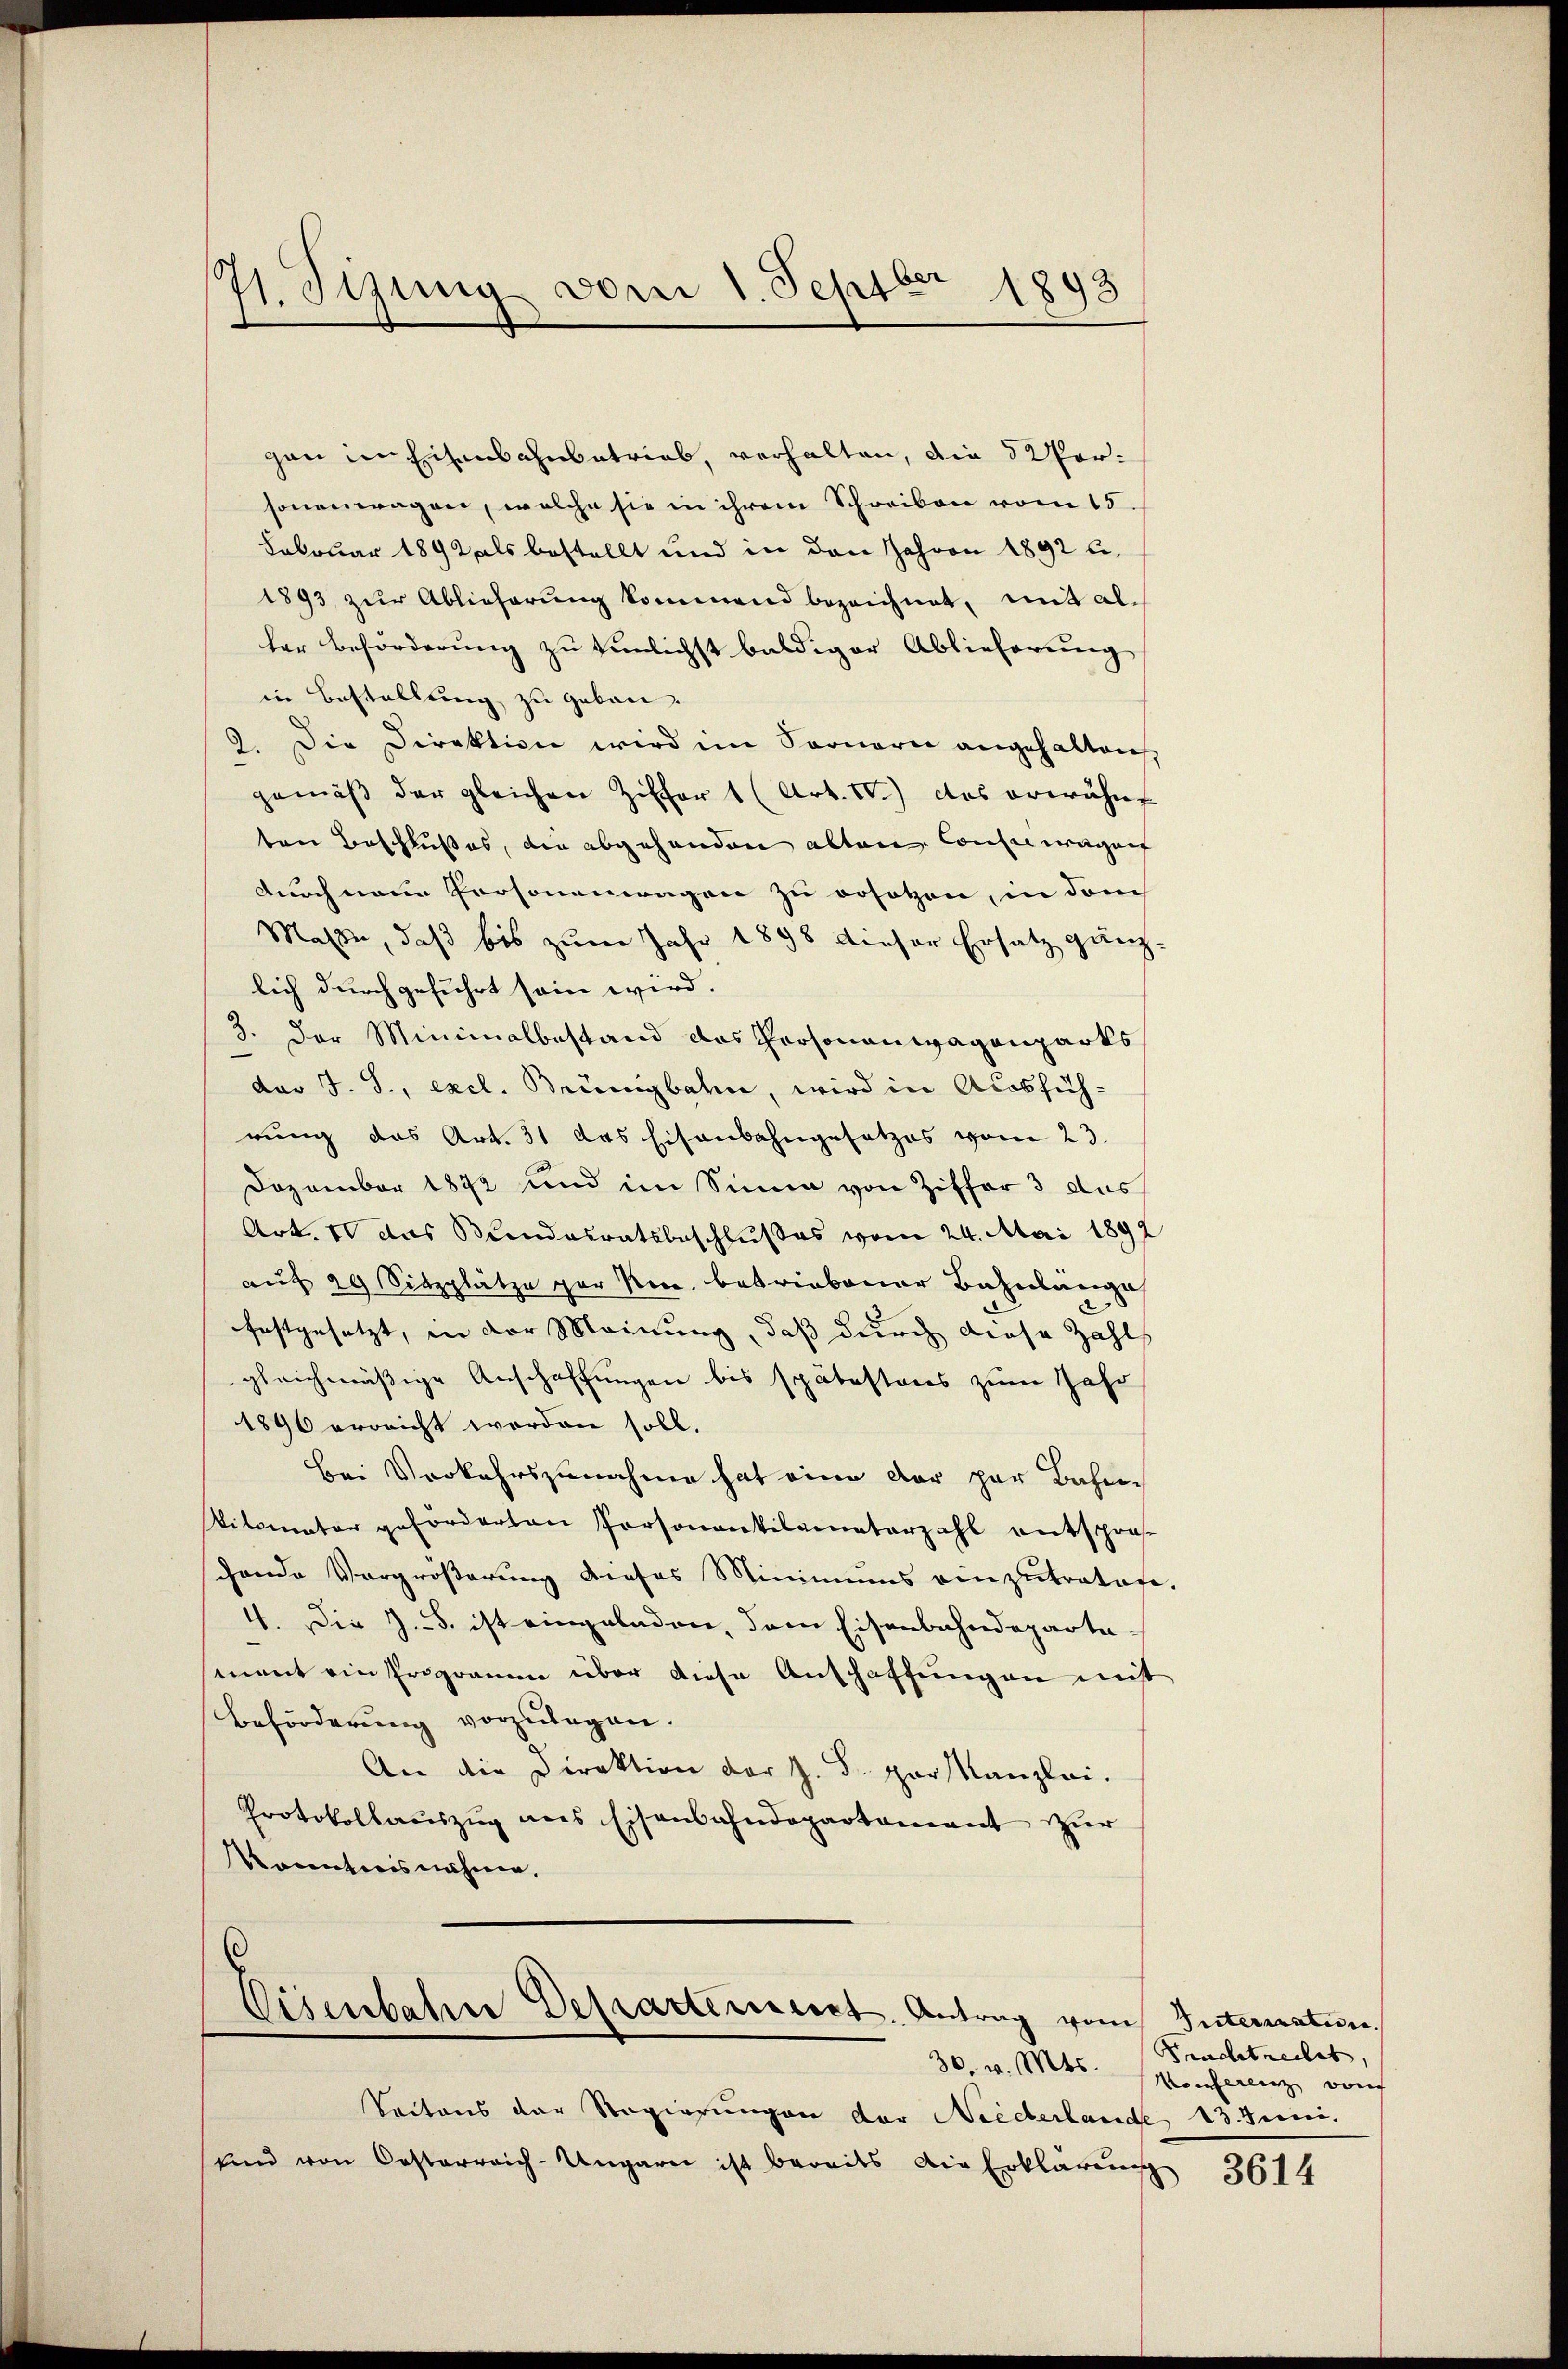
11. Sizung vom 1. Septbr 1893

gan im Eisenbahnbetrieb, verhalten, die 32 Porsoneneragen, welche sie in ihrem Schreiben vom 15.
Februar 1892 als bestellt und in den Jahren 1892 u.
1893 zur Ablieferung kommend bezeichnet, mit alher Beförderung zu tunlichst baldiger Ablieferung
in Bestellung zu geben.
2. Die Direktion wird im Sarnern angehalten
gemäß der gleichen Ziffer 1 (Art. IV.) das erwähnt
ten Beschlußes, die abgehanden alten Consermagent
durch neue Personenwagen zu ersetzen, in dem
Maße, daß bis zum Jahr 1898 dieser Ersatz gänzlich durchgeführt sein wird.
3. der Minimalbestand das Personauwagenparks
dar J. J., excl. Brünigbahn, wird in Ausführung das Art. 31 das Eisenbahngesetzes vom 23.
Dezember 1872 und im Sinne von Ziffer 3 das
Art. 10 das Bundesratsbeschlußes vom 24. Mai 1892
auf 20 Sitzplätze gar ken. betriebener Bahnlänge
festgesetzt, in der Meinung, daß durch diese Zahl
gleichmäßige Anschaffungen bis spätestens zum Jahr
1896 erreicht worden soll.
bei Verkehrszunahme hat eine der per Bahnkilometer geförderten Personantilamnterzahl entspro-
chande Vergrößerung dieses Minimums einzutratete.
4. Die z. B. ist eingeladen, dem Eisenbahndepartement ein Programm über diese Anschaffungen mitt
Beförderung vorzulegen.
An die Direktion der Z. d. par Kanzlei.
Protokollauszug aus Eisenbahndepartamant zur
Kocentiers nähme,

Eisenbahne Departerient. Antrag vom

Seitens der Regierungen der Niederlande 13. Juni.
ŭnd von Oesterreich-Ungarn ist bereits die Erklärung 3614

Unterrenten. |
Feuchtheilet,
30 v. Mts. Monferenz von